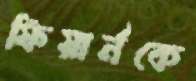
ফিয়ার্নকে